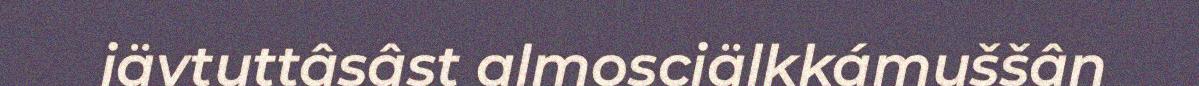
iävtuttâsâst almosciälkkámuššân